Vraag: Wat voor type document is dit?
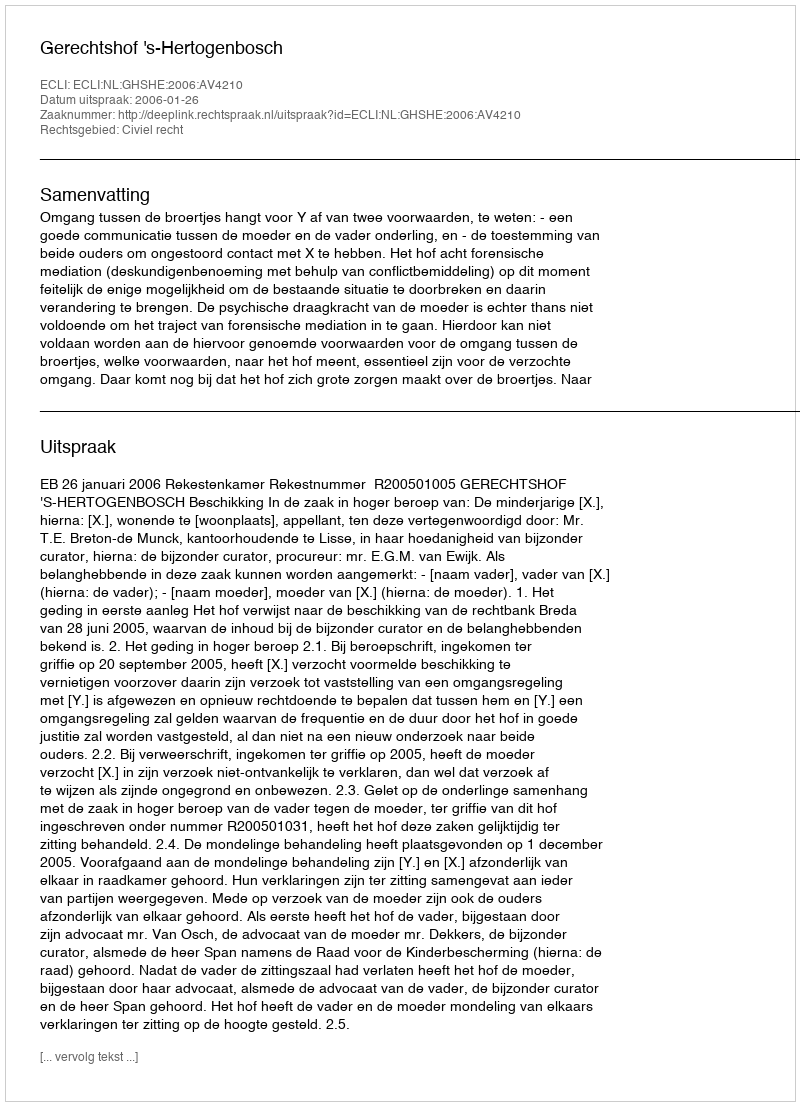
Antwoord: Uitspraak